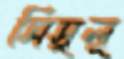
সিসুলু